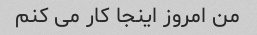
من امروز اینجا کار می کنم